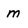
Character: m